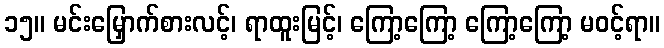
၁၅။ မင်းမြှောက်စားလင့်၊ ရာထူးမြင့်၊ ကြော့ကြော့ ကြော့ကြော့ မဝင့်ရာ။